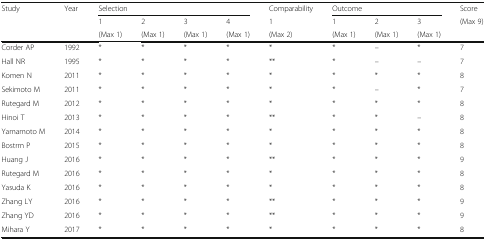
<table><thead><tr><td rowspan="3"><b>Study</b></td><td rowspan="3"><b>Year</b></td><td colspan="4"><b>Selection</b></td><td><b>Comparability</b></td><td colspan="3"><b>Outcome</b></td><td><b>Score</b></td></tr><tr><td><b>1</b></td><td><b>2</b></td><td><b>3</b></td><td><b>4</b></td><td><b>1</b></td><td><b>1</b></td><td><b>2</b></td><td><b>3</b></td><td rowspan="2"><b>(Max 9)</b></td></tr><tr><td><b>(Max 1)</b></td><td><b>(Max 1)</b></td><td><b>(Max 1)</b></td><td><b>(Max 1)</b></td><td><b>(Max 2)</b></td><td><b>(Max 1)</b></td><td><b>(Max 1)</b></td><td><b>(Max 1)</b></td></tr></thead><tbody><tr><td>Corder AP</td><td>1992</td><td>*</td><td>*</td><td>*</td><td>*</td><td>*</td><td>*</td><td>–</td><td>*</td><td>7</td></tr><tr><td>Hall NR</td><td>1995</td><td>*</td><td>*</td><td>*</td><td>*</td><td>**</td><td>*</td><td>–</td><td>–</td><td>7</td></tr><tr><td>Komen N</td><td>2011</td><td>*</td><td>*</td><td>*</td><td>*</td><td>*</td><td>*</td><td>*</td><td>*</td><td>8</td></tr><tr><td>Sekimoto M</td><td>2011</td><td>*</td><td>*</td><td>*</td><td>*</td><td>*</td><td>*</td><td>–</td><td>*</td><td>7</td></tr><tr><td>Rutegard M</td><td>2012</td><td>*</td><td>*</td><td>*</td><td>*</td><td>*</td><td>*</td><td>*</td><td>*</td><td>8</td></tr><tr><td>Hinoi T</td><td>2013</td><td>*</td><td>*</td><td>*</td><td>*</td><td>**</td><td>*</td><td>*</td><td>–</td><td>8</td></tr><tr><td>Yamamoto M</td><td>2014</td><td>*</td><td>*</td><td>*</td><td>*</td><td>*</td><td>*</td><td>*</td><td>*</td><td>8</td></tr><tr><td>Bostrm P</td><td>2015</td><td>*</td><td>*</td><td>*</td><td>*</td><td>*</td><td>*</td><td>*</td><td>*</td><td>8</td></tr><tr><td>Huang J</td><td>2016</td><td>*</td><td>*</td><td>*</td><td>*</td><td>**</td><td>*</td><td>*</td><td>*</td><td>9</td></tr><tr><td>Rutegard M</td><td>2016</td><td>*</td><td>*</td><td>*</td><td>*</td><td>*</td><td>*</td><td>*</td><td>*</td><td>8</td></tr><tr><td>Yasuda K</td><td>2016</td><td>*</td><td>*</td><td>*</td><td>*</td><td>*</td><td>*</td><td>*</td><td>*</td><td>8</td></tr><tr><td>Zhang LY</td><td>2016</td><td>*</td><td>*</td><td>*</td><td>*</td><td>**</td><td>*</td><td>*</td><td>*</td><td>9</td></tr><tr><td>Zhang YD</td><td>2016</td><td>*</td><td>*</td><td>*</td><td>*</td><td>**</td><td>*</td><td>*</td><td>*</td><td>9</td></tr><tr><td>Mihara Y</td><td>2017</td><td>*</td><td>*</td><td>*</td><td>*</td><td>*</td><td>*</td><td>*</td><td>*</td><td>8</td></tr></tbody></table>